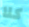
كلا